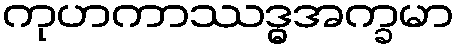
ကုဟကာဿဒ္ဓအက္ခမာ